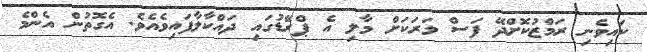
ކައިވެނި ރަމްޒުކޮށްދޭ ފަސް ވަރަކަށް މާލި އެ ޕްރޭޑުގައި ދައްކާލާފައިވެއެވެ. އެގޮތުން އެންމެ